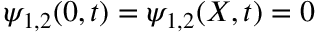
\psi _ { 1 , 2 } ( 0 , t ) = \psi _ { 1 , 2 } ( X , t ) = 0